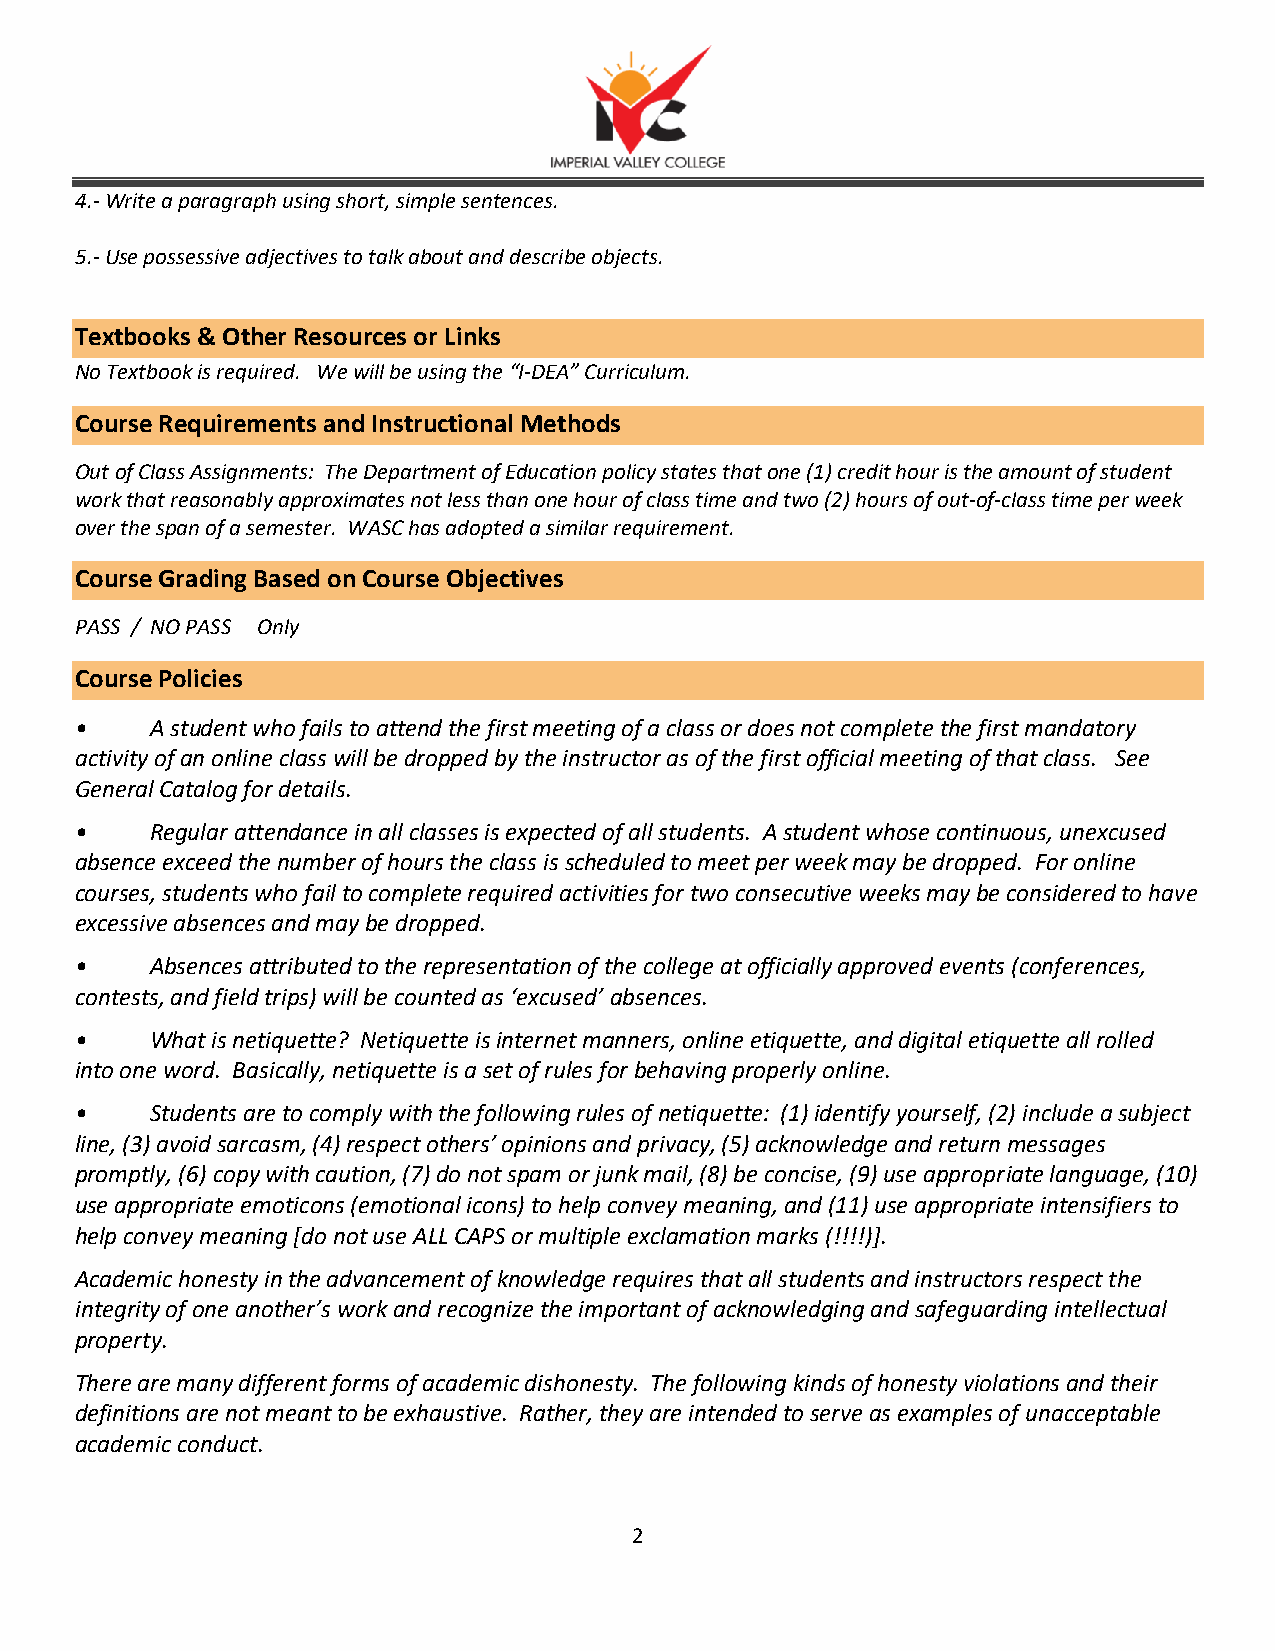
4.- Write a paragraph using short, simple sentences.
 5.- Use possessive adjectives to talk about and describe objects.
 Textbooks & Other Resources or Links
 No Textbook is required. We will be using the “I-DEA” Curriculum.
 Course Requirements and Instructional Methods
 Out of Class Assignments: The Department of Education policy states that one (1) credit hour is the amount of student
 work that reasonably approximates not less than one hour of class time and two (2) hours of out-of-class time per week
 over the span of a semester. WASC has adopted a similar requirement.
 Course Grading Based on Course Objectives
 PASS / NO PASS Only
 Course Policies
 •    A student who fails to attend the first meeting of a class or does not complete the first mandatory
 activity of an online class will be dropped by the instructor as of the first official meeting of that class. See
 General Catalog for details.
 •    Regular attendance in all classes is expected of all students. A student whose continuous, unexcused
 absence exceed the number of hours the class is scheduled to meet per week may be dropped. For online
 courses, students who fail to complete required activities for two consecutive weeks may be considered to have
 excessive absences and may be dropped.
 •    Absences attributed to the representation of the college at officially approved events (conferences,
 contests, and field trips) will be counted as ‘excused’ absences.
 •    What is netiquette? Netiquette is internet manners, online etiquette, and digital etiquette all rolled
 into one word. Basically, netiquette is a set of rules for behaving properly online.
 •    Students are to comply with the following rules of netiquette: (1) identify yourself, (2) include a subject
 line, (3) avoid sarcasm, (4) respect others’ opinions and privacy, (5) acknowledge and return messages
 promptly, (6) copy with caution, (7) do not spam or junk mail, (8) be concise, (9) use appropriate language, (10)
 use appropriate emoticons (emotional icons) to help convey meaning, and (11) use appropriate intensifiers to
 help convey meaning [do not use ALL CAPS or multiple exclamation marks (!!!!)].
 Academic honesty in the advancement of knowledge requires that all students and instructors respect the
 integrity of one another’s work and recognize the important of acknowledging and safeguarding intellectual
 property.
 There are many different forms of academic dishonesty. The following kinds of honesty violations and their
 definitions are not meant to be exhaustive. Rather, they are intended to serve as examples of unacceptable
 academic conduct.
 2